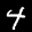
Label: 4